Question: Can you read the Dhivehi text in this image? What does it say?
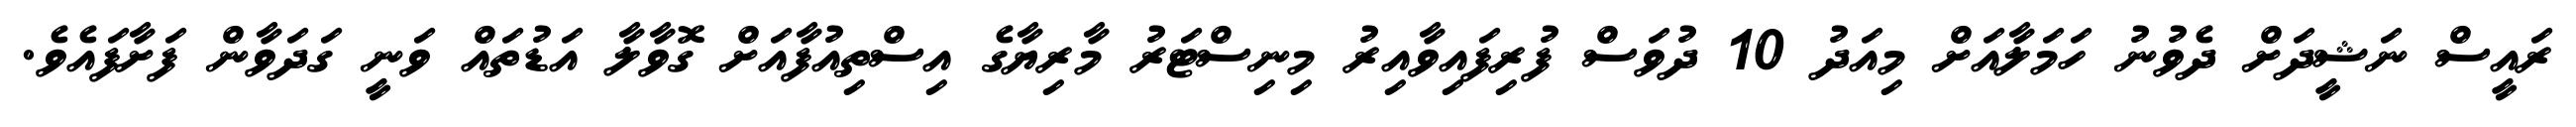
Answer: ރައީސް ނަޝީދަށް ދެވުނު ހަމަލާއަށް މިއަދު 10 ދުވަސް ފުރިފައިވާއިރު މިނިސްޓަރު މާރިޔާގެ އިސްތިއުފާއަށް ގޮވާލާ އަޑުތައް ވަނީ ގަދަވާން ފަށާފައެވެ.